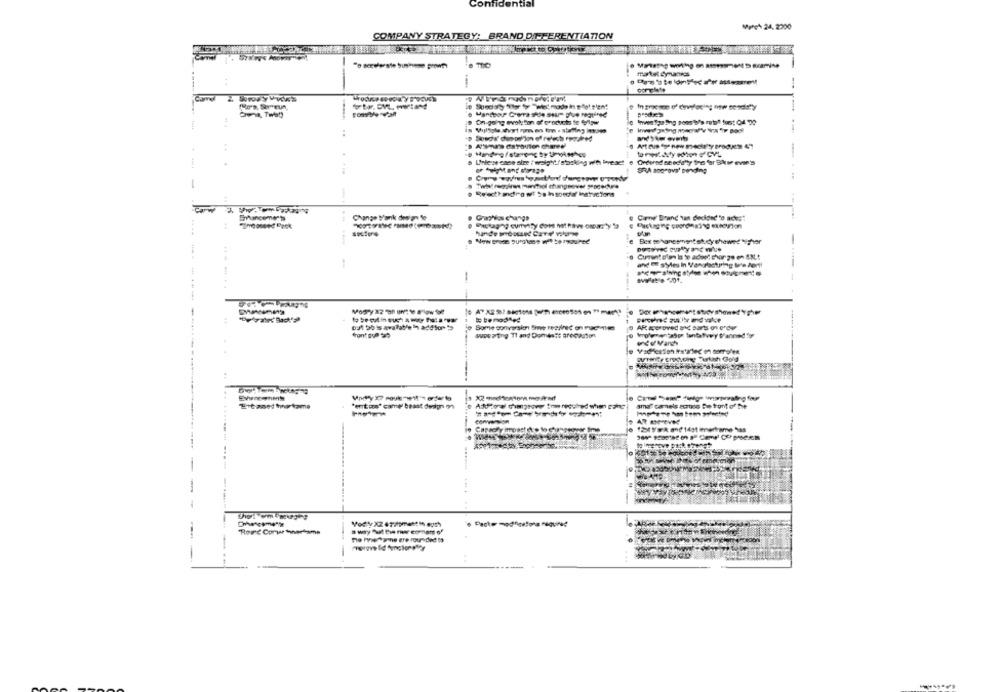
Confidential
March 24. 2200
COMPANY STRATEGY: BRAND DIT-PERENTIATION
matel dmunds
---
..
On-going evolution of products to @low
" AVIS OsToulon chared
-
6 Linle se case siee : weightf shasking wies ihre se!
BRA socrova' binding
Carw
Change Fank design Se
€ Carne'Brand Tan decided 's acks!
----
Bex sehanesment st.cy showed"pher
and DE s'yles in Vancriscturing M'e Por !!
-
AR sporoved and parts on crew
front due to
suosorting TI and Domeste Brocaston
ETbased hortame
"entos" camp beast dedgn on
amor" camels across Betont of the
Road Comer toneelame
-